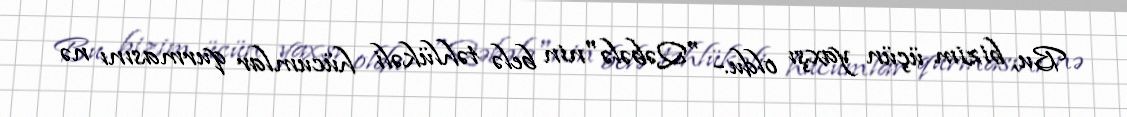
Bu, bizim üçün yaxşı oldu.- "Qəbələ"nin belə təhlükəli hücumlar qurmasını nə